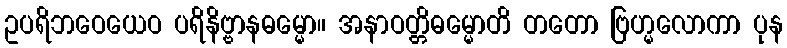
ဥပရိဘဝေယေဝ ပရိနိဗ္ဗာနဓမ္မော။ အနာဝတ္တိဓမ္မောတိ တတော ဗြဟ္မလောကာ ပုန